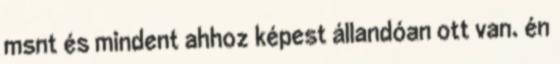
msnt és mindent ahhoz képest állandóan ott van. én